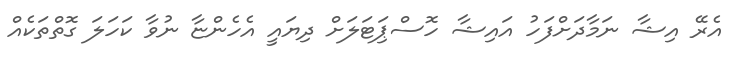
އެރޭ އިޝާ ނަމާދަށްފަހު އައިޝާ ހޮސްޕިަޓަލަށް ދިޔައީ އެހެންޏާ ނުވާ ކަހަލަ ގޮތްތަކެއް